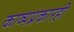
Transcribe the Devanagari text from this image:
काव्यप्रकारही